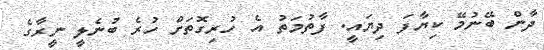
ދާން ބޭނުމޭ ކިޔާފަ ދިޔައީ. ފާތުމަތު އެ ހުރިގޮތަށް ހުރެ ބުނެލީ ނީރާގެ